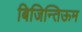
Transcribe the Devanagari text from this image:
बिजिन्तिऊम